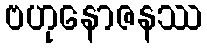
ဗဟုနောဇနဿ